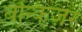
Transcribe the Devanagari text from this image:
बेन्किज़र